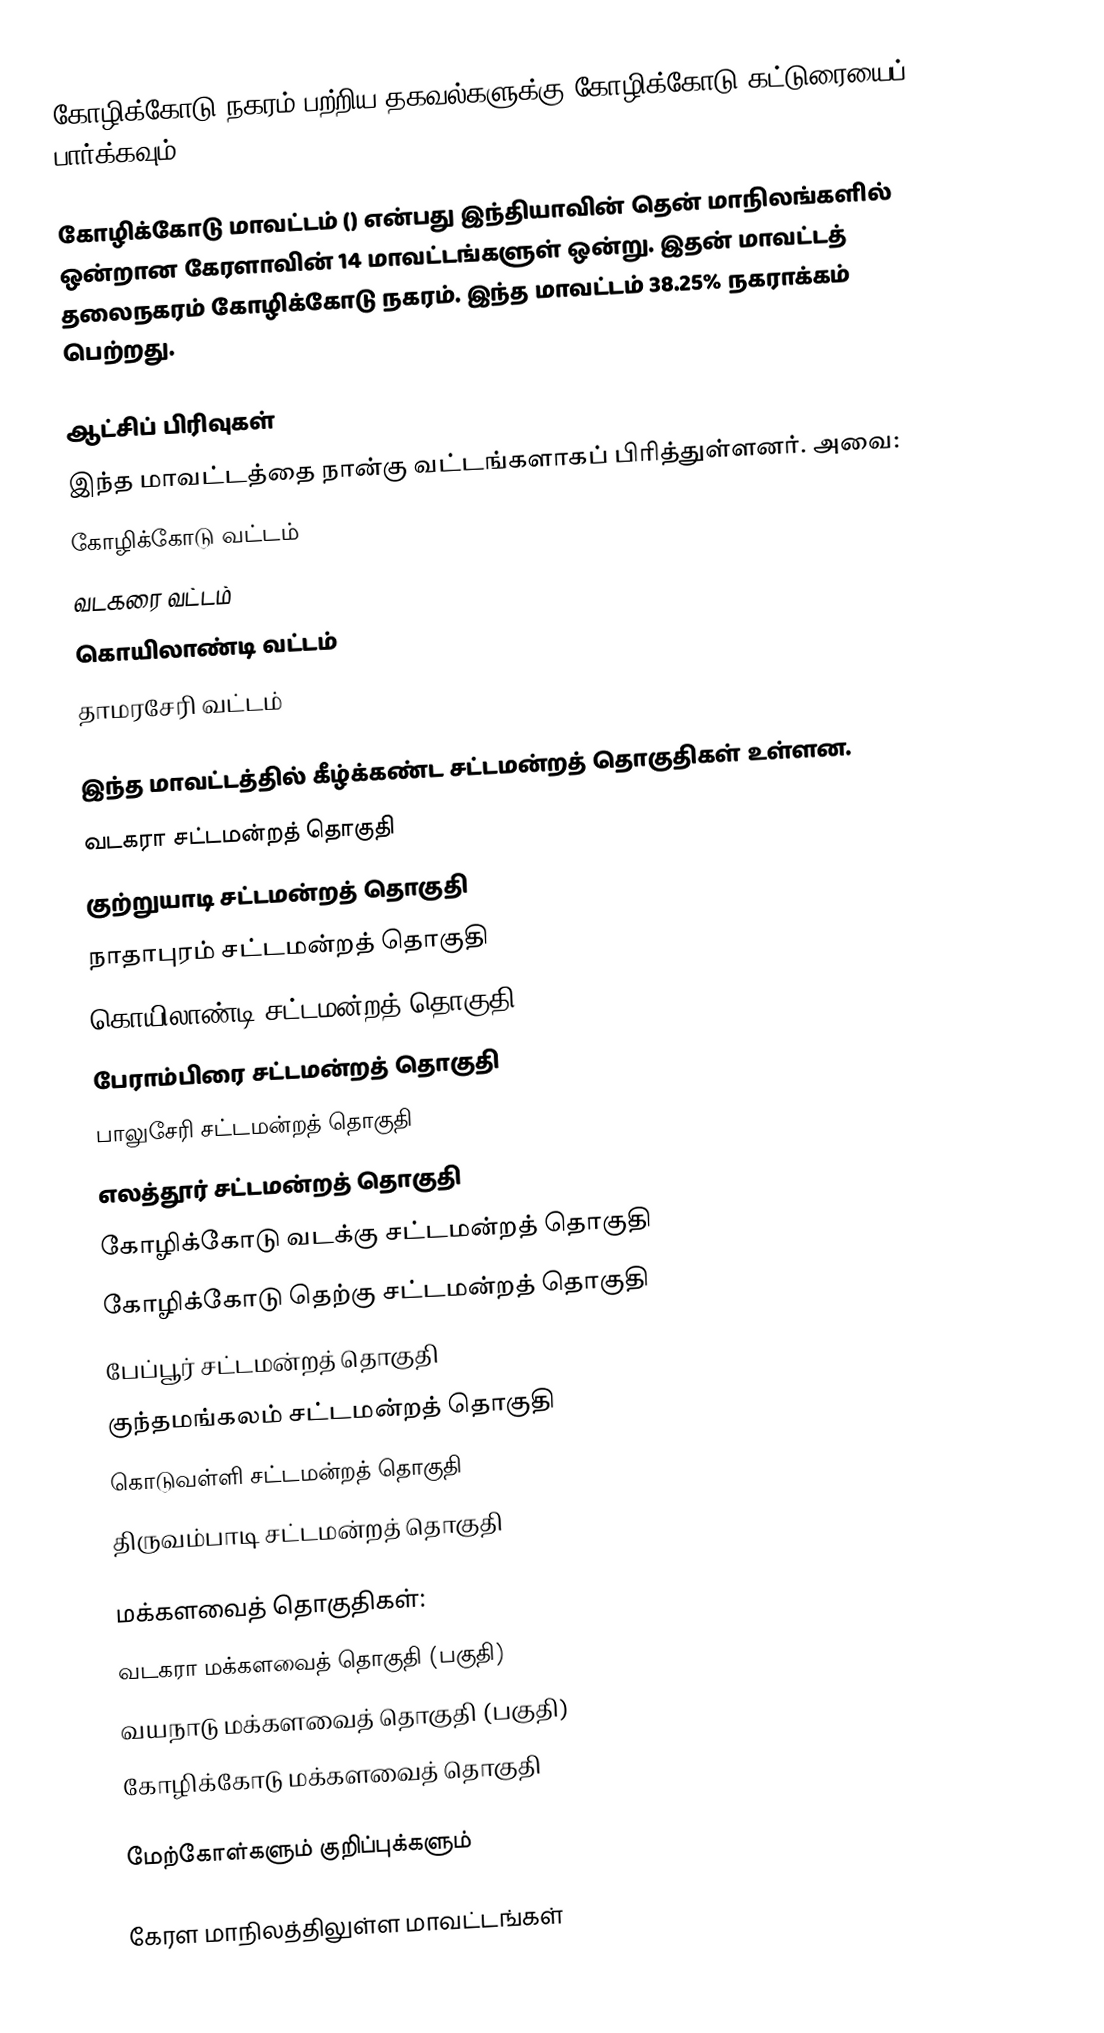
கோழிக்கோடு நகரம் பற்றிய தகவல்களுக்கு கோழிக்கோடு கட்டுரையைப் பார்க்கவும்.

கோழிக்கோடு மாவட்டம் () என்பது இந்தியாவின் தென் மாநிலங்களில் ஒன்றான கேரளாவின் 14 மாவட்டங்களுள் ஒன்று. இதன் மாவட்டத் தலைநகரம் கோழிக்கோடு நகரம். இந்த மாவட்டம் 38.25% நகராக்கம் பெற்றது.

ஆட்சிப் பிரிவுகள்
இந்த மாவட்டத்தை நான்கு வட்டங்களாகப் பிரித்துள்ளனர். அவை:
கோழிக்கோடு வட்டம்
வடகரை வட்டம்
கொயிலாண்டி வட்டம்
தாமரசேரி வட்டம்

இந்த மாவட்டத்தில் கீழ்க்கண்ட சட்டமன்றத் தொகுதிகள் உள்ளன.
வடகரா சட்டமன்றத் தொகுதி
குற்றுயாடி சட்டமன்றத் தொகுதி
நாதாபுரம் சட்டமன்றத் தொகுதி
கொயிலாண்டி சட்டமன்றத் தொகுதி
பேராம்பிரை சட்டமன்றத் தொகுதி
பாலுசேரி சட்டமன்றத் தொகுதி
எலத்தூர் சட்டமன்றத் தொகுதி
கோழிக்கோடு வடக்கு சட்டமன்றத் தொகுதி
கோழிக்கோடு தெற்கு சட்டமன்றத் தொகுதி
பேப்பூர் சட்டமன்றத் தொகுதி
குந்தமங்கலம் சட்டமன்றத் தொகுதி
கொடுவள்ளி சட்டமன்றத் தொகுதி
திருவம்பாடி சட்டமன்றத் தொகுதி

மக்களவைத் தொகுதிகள்:
வடகரா மக்களவைத் தொகுதி (பகுதி)
வயநாடு மக்களவைத் தொகுதி (பகுதி)
கோழிக்கோடு மக்களவைத் தொகுதி

மேற்கோள்களும் குறிப்புக்களும்

கேரள மாநிலத்திலுள்ள மாவட்டங்கள்